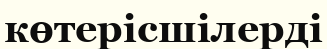
көтерісшілерді